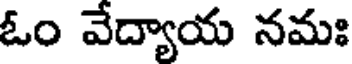
ఓం వేద్యాయ నమః